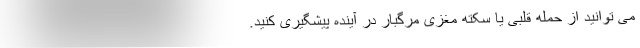
می توانید از حمله قلبی یا سکته مغزی مرگبار در آینده پیشگیری کنید.